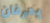
يعرفان